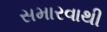
સમારવાથી